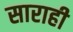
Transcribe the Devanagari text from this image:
साराही